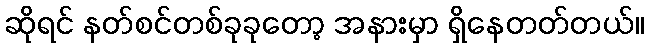
ဆိုရင် နတ်စင်တစ်ခုခုတော့ အနားမှာ ရှိနေတတ်တယ်။